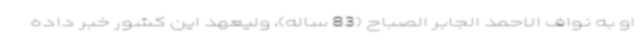
او به نواف الاحمد الجابر الصباح (83 ساله)، ولیعهد این کشور خبر داده